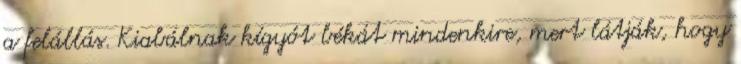
a felállás. Kiabálnak kígyót békát mindenkire, mert látják, hogy